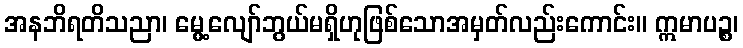
အနဘိရတိသညာ၊ မွေ့လျော်ဘွယ်မရှိဟုဖြစ်သောအမှတ်လည်းကောင်း။ ဣမာပဉ္စ၊